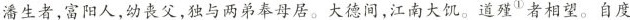
潘生者，富阳人，幼丧父，独与两弟奉母居。大德间，江南大饥。道殣^{①}者相望。自度